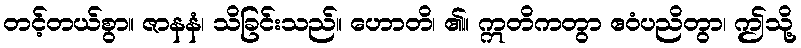
တင့်တယ်စွာ။ ဇာနနံ၊ သိခြင်းသည်။ ဟောတိ၊ ၏။ ဣတိကတွာ ဧဝံပညိတွာ၊ ဤသို့